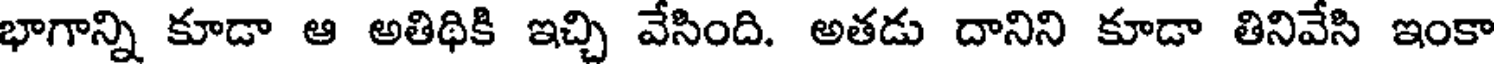
భాగాన్ని కూడా ఆ అతిథికి ఇచ్చి వేసింది. అతడు దానిని కూడా తినివేసి ఇంకా